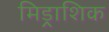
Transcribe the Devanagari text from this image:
मिड्राशिक